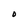
Character: O